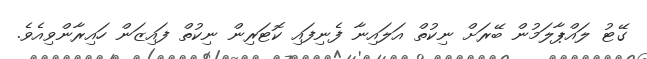
ގޭޓު ލައްޕާލަމުން ބޭރަށް ނިކުތް އަލައިނާ ފެނިފައި ކޮޓަރިން ނިކުތް ފައިޒަން ހައިރާންވިއެވެ.